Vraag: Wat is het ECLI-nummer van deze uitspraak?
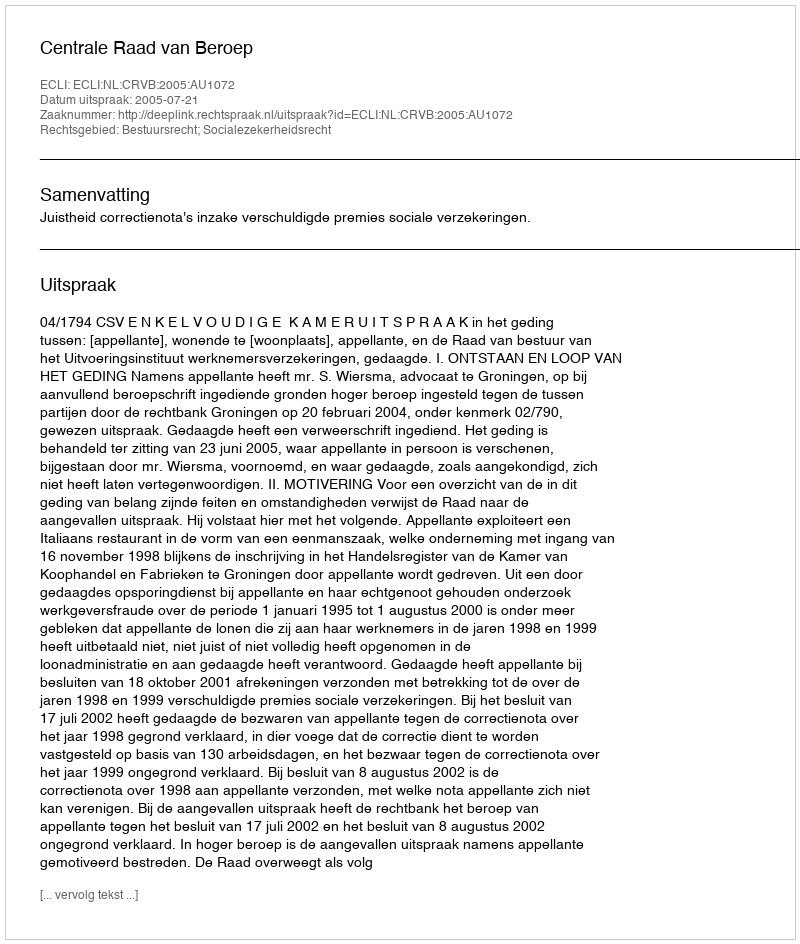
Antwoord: ECLI:NL:CRVB:2005:AU1072